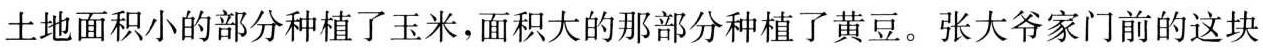
土地面积小的部分种植了玉米，面积大的那部分种植了黄豆。张大爷家门前的这块